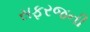
સફરજની